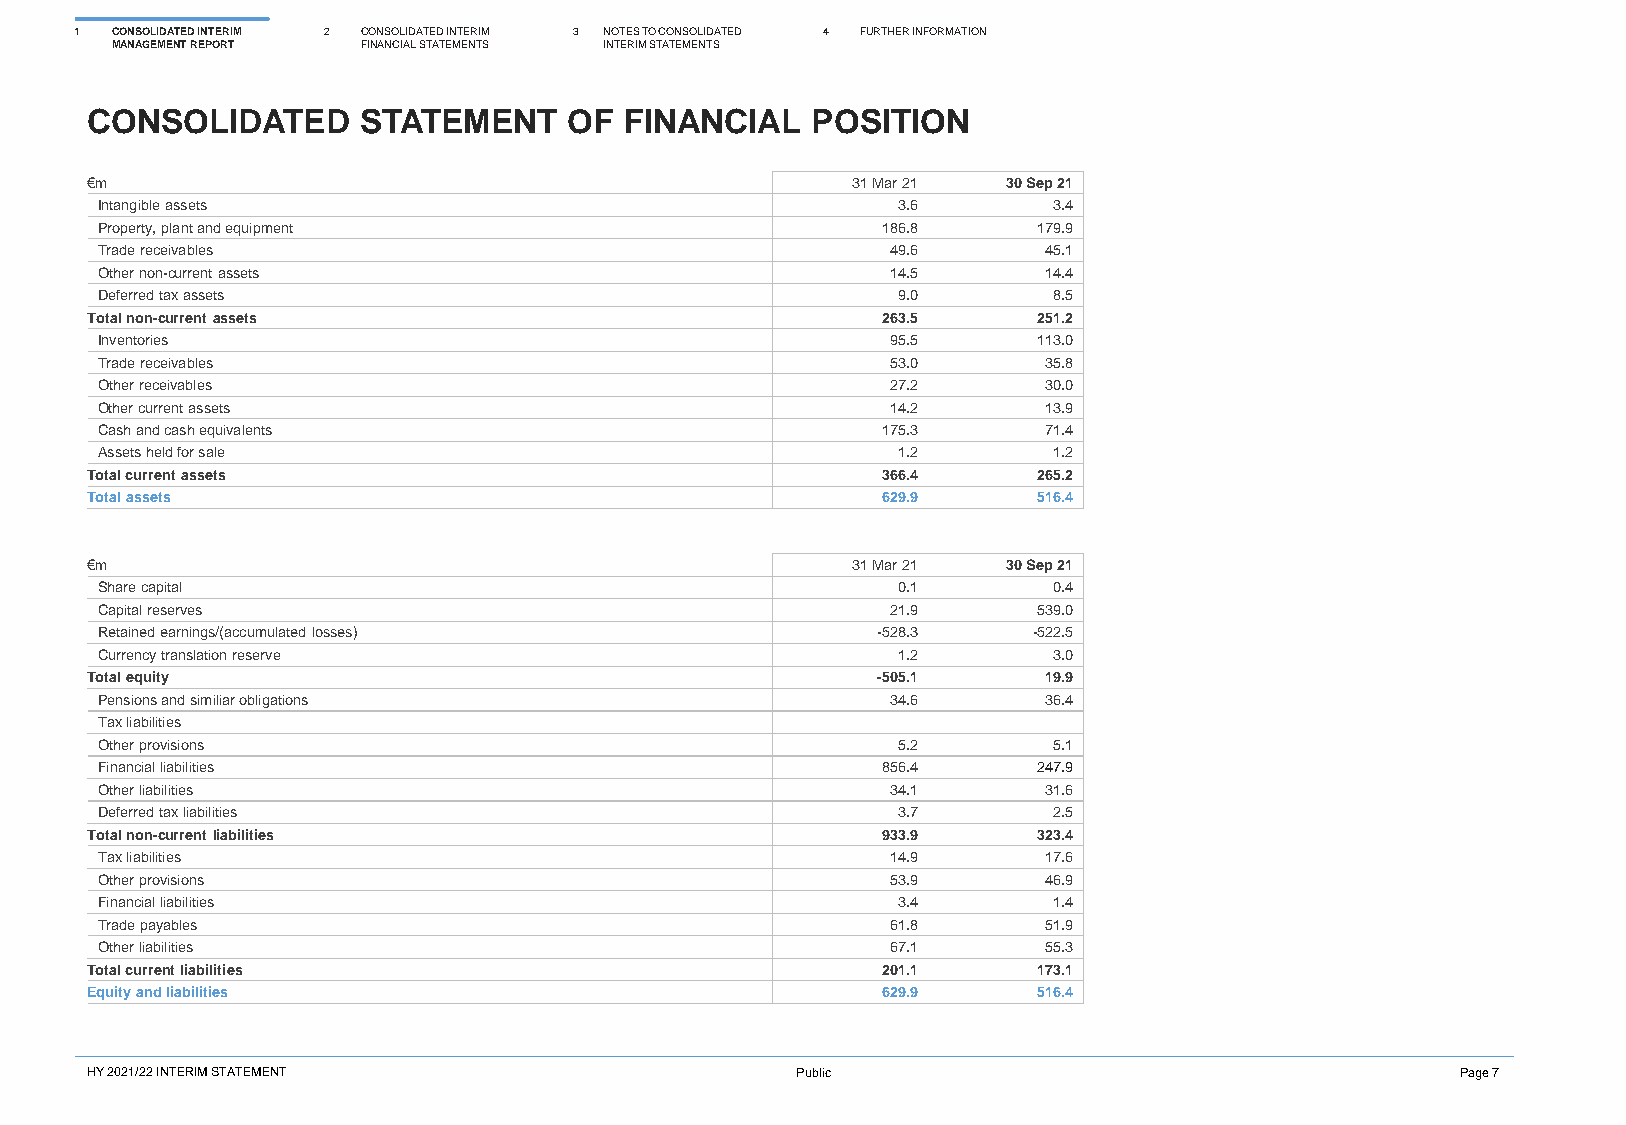
1 CONSOLIDATED INTERIM 2 CONSOLIDATED INTERIM 3 NOTES TO CONSOLIDATED 4 FURTHER INFORMATION
 MANAGEMENT REPORT FINANCIAL STATEMENTS INTERIM STATEMENTS
 CONSOLIDATED      STATEMENT     OF FINANCIAL    POSITION
 €m                                                31 Mar 21  30 Sep 21
 Intangible assets                                    3.6        3.4
 Property, plant and equipment                       186.8      179.9
 Trade receivables                                    49.6      45.1
 Other non-current assets                             14.5      14.4
 Deferred tax assets                                  9.0        8.5
 Total non-current assets                            263.5      251.2
 Inventories                                          95.5      113.0
 Trade receivables                                    53.0      35.8
 Other receivables                                    27.2      30.0
 Other current assets                                 14.2      13.9
 Cash and cash equivalents                           175.3      71.4
 Assets held for sale                                 1.2        1.2
 Total current assets                                366.4      265.2
 Total assets                                        629.9      516.4
 €m                                                31 Mar 21  30 Sep 21
 Share capital                                        0.1        0.4
 Capital reserves                                     21.9      539.0
 Retained earnings/(accumulated losses)              -528.3    -522.5
 Currency translation reserve                         1.2        3.0
 Total equity                                        -505.1     19.9
 Pensions and similiar obligations                    34.6      36.4
 Tax liabilities
 Other provisions                                     5.2        5.1
 Financial liabilities                               856.4      247.9
 Other liabilities                                    34.1      31.6
 Deferred tax liabilities                             3.7        2.5
 Total non-current liabilities                       933.9      323.4
 Tax liabilities                                      14.9      17.6
 Other provisions                                     53.9      46.9
 Financial liabilities                                3.4        1.4
 Trade payables                                       61.8      51.9
 Other liabilities                                    67.1      55.3
 Total current liabilities                           201.1      173.1
 Equity and liabilities                              629.9      516.4
 HY 2021/22 INTERIM STATEMENT                   Public                                      Page 7